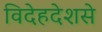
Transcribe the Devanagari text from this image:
विदेहदेशसे